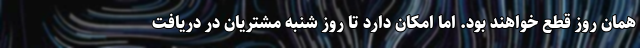
همان روز قطع خواهند بود. اما امکان دارد تا روز شنبه مشتریان در دریافت